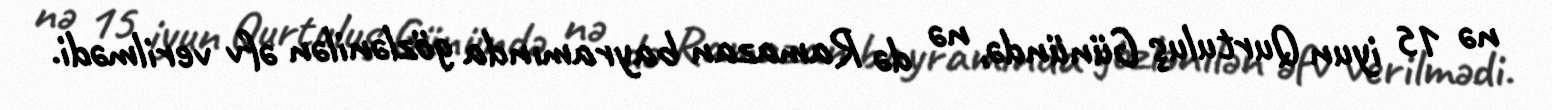
nə 15 iyun Qurtuluş Günündə, nə də Ramazan bayramında gözlənilən əfv verilmədi.